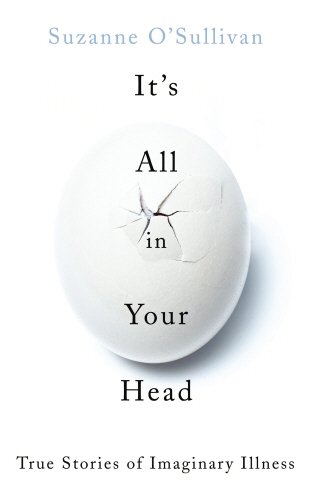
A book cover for It's All in Your Head: True Stories of Imaginary Illness; Suzanne O'Sullivan; Medical Books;